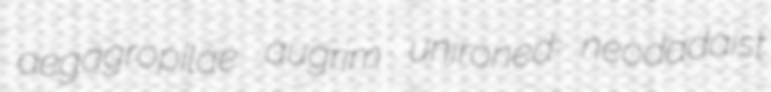
aegagropilae augrim unironed neodadaist